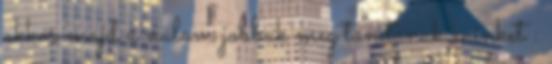
akkor majd a nálam jobbak meg tanítanak minket :